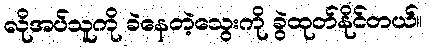
လိုအပ်သူကို ခဲနေတဲ့သွေးကို ခွဲထုတ်နိုင်တယ်။